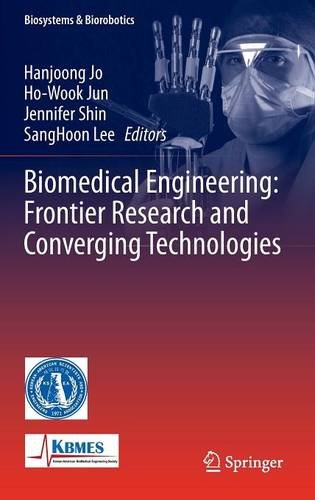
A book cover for Biomedical Engineering: Frontier Research and Converging Technologies (Biosystems & Biorobotics); Science & Math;